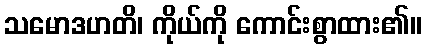
သမောဒဟတိ၊ ကိုယ်ကို ကောင်းစွာထား၏။